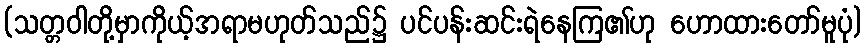
(သတ္တဝါတို့မှာကိုယ့်အရာမဟုတ်သည်၌ ပင်ပန်းဆင်းရဲနေကြ၏ဟု ဟောထားတော်မူပုံ)